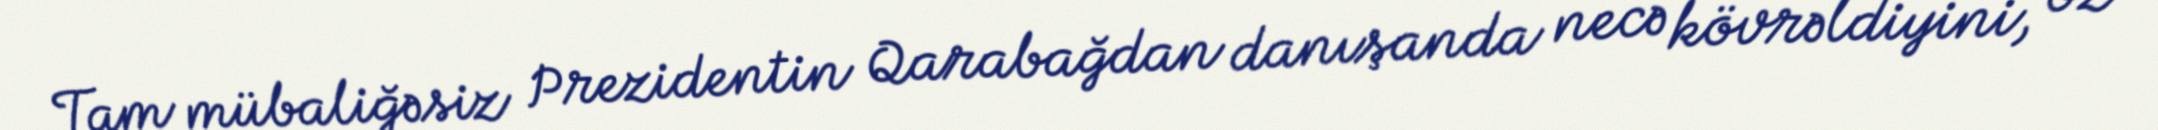
Tam mübaliğəsiz Prezidentin Qarabağdan danışanda necə kövrəldiyini, öz